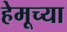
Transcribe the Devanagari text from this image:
हेमूच्या